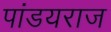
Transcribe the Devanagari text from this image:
पांडयराज